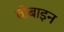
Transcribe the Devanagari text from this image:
वोबाइन